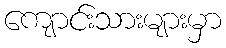
ကျောင်းသားများမှာ